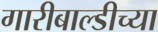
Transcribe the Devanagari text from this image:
गारीबाल्डीच्या